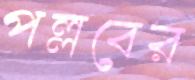
পল্লবের